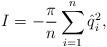
LaTeX: \begin{align*}I=-{\pi \over n}\sum_{i=1}^n \hat{q}_i^2,\end{align*}